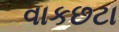
વાકછટા